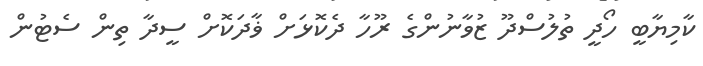
ކާމިޔާބީ ހޯދީ ތުލުސްދޫ ޒުވާނުންގެ ރޫހާ ދެކޮޅަށް ޥާދަކޮށް ސީދާ ތިން ސެޓުން